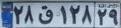
۲۸ق۱۲۸۲۹